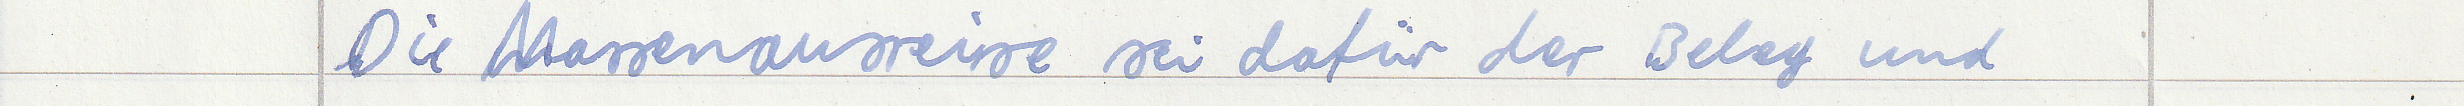
Die Massenausreise sei dafür der Beleg und